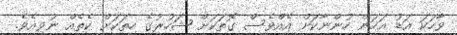
ވާހަކަ އަޑު އަހަން ހުންނާކަށް އެއްވެސް ގޮތަކަށް ޝަހުރުގެ ހިތަކަށް ކެތެއް ނުވިިއެވެ.